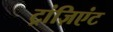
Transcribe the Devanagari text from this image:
ट्रांज़िएंट